Studies on the mouth parts a Comparative anatomy of the proboscis in the blood-sucking muscidae - Number 60
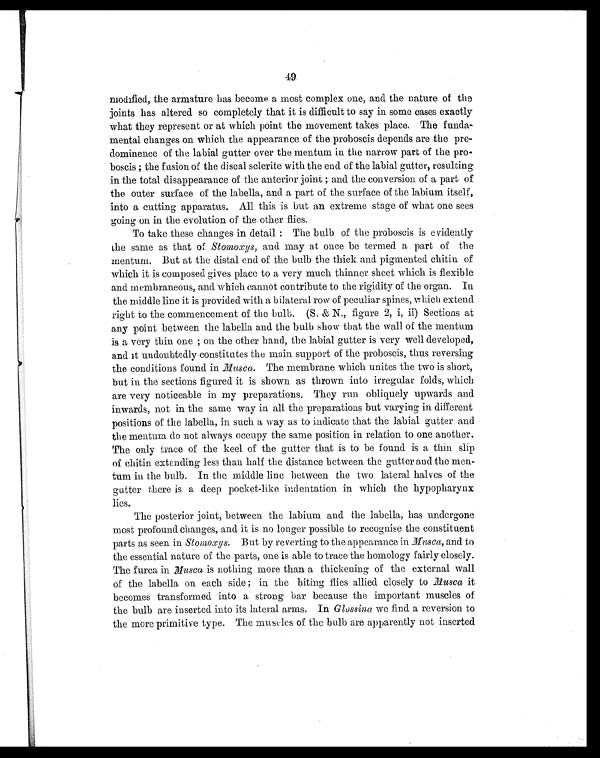
49
modified, the armature has become a most complex one, and the nature of the
joints has altered so completely that it is difficult to say in some cases exactly
what they represent or at which point the movement takes place. The funda-
mental changes on which the appearance of the proboscis depends are the pre-
dominence of the labial gutter over the mentum in the narrow part of the pro-
boscis; the fusion of the discal sclerite with the end of the labial gutter, resulting
in the total disappearance of the anterior joint; and the conversion of a part of
the outer surface of the labella, and a part of the surface of the labium itself,
into a cutting apparatus. All this is but an extreme stage of what one sees
going on in the evolution of the other flies.
To take these changes in detail : The bulb of the proboscis is evidently
the same as that of Stomoxys, and may at once be termed a part of the
mentum. But at the distal end of the bulb the thick and pigmented chitin of
which it is composed gives place to a very much thinner sheet which is flexible
and membraneous, and which cannot contribute to the rigidity of the organ. In
the middle line it is provided with a bilateral row of peculiar spines, which extend
right to the commencement of the bulb. (S. &amp; N., figure 2, i, ii) Sections at
any point between the labella and the bulb show that the wall of the mentum
is a very thin one; on the other hand, the labial gutter is very well developed,
and it undoubtedly constitutes the main support of the proboscis, thus reversing
the conditions found in Musca. The membrane which unites the two is short,
but in the sections figured it is shown as thrown into irregular folds, which
are very noticeable in my preparations. They run obliquely upwards and
inwards, not in the same way in all the preparations but varying in different
positions of the labella, in such a way as to indicate that the labial gutter and
the mentum do not always occupy the same position in relation to one another.
The only trace of the keel of the gutter that is to be found is a thin slip
of chitin extending less than half the distance between the gutter and the men-
tum in the bulb. In the middle line between the two lateral halves of the
gutter there is a deep pocket-like indentation in which the hypopharynx
lies.
The posterior joint, between the labium and the labella, has undergone
most profound changes, and it is no longer possible to recognise the constituent
parts as seen in Stomoxys. But by reverting to the appearance in Musca, and to
the essential nature of the parts, one is able to trace the homology fairly closely.
The furca in Musca is nothing more than a thickening of the external wall
of the labella on each side; in the biting flies allied closely to Musca it
becomes transformed into a strong bar because the important muscles of
the bulb are inserted into its lateral arms. In Glossina we find a reversion to
the more primitive type. The muscles of the bulb are apparently not inserted